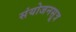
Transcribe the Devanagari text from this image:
संयोजनसूत्र